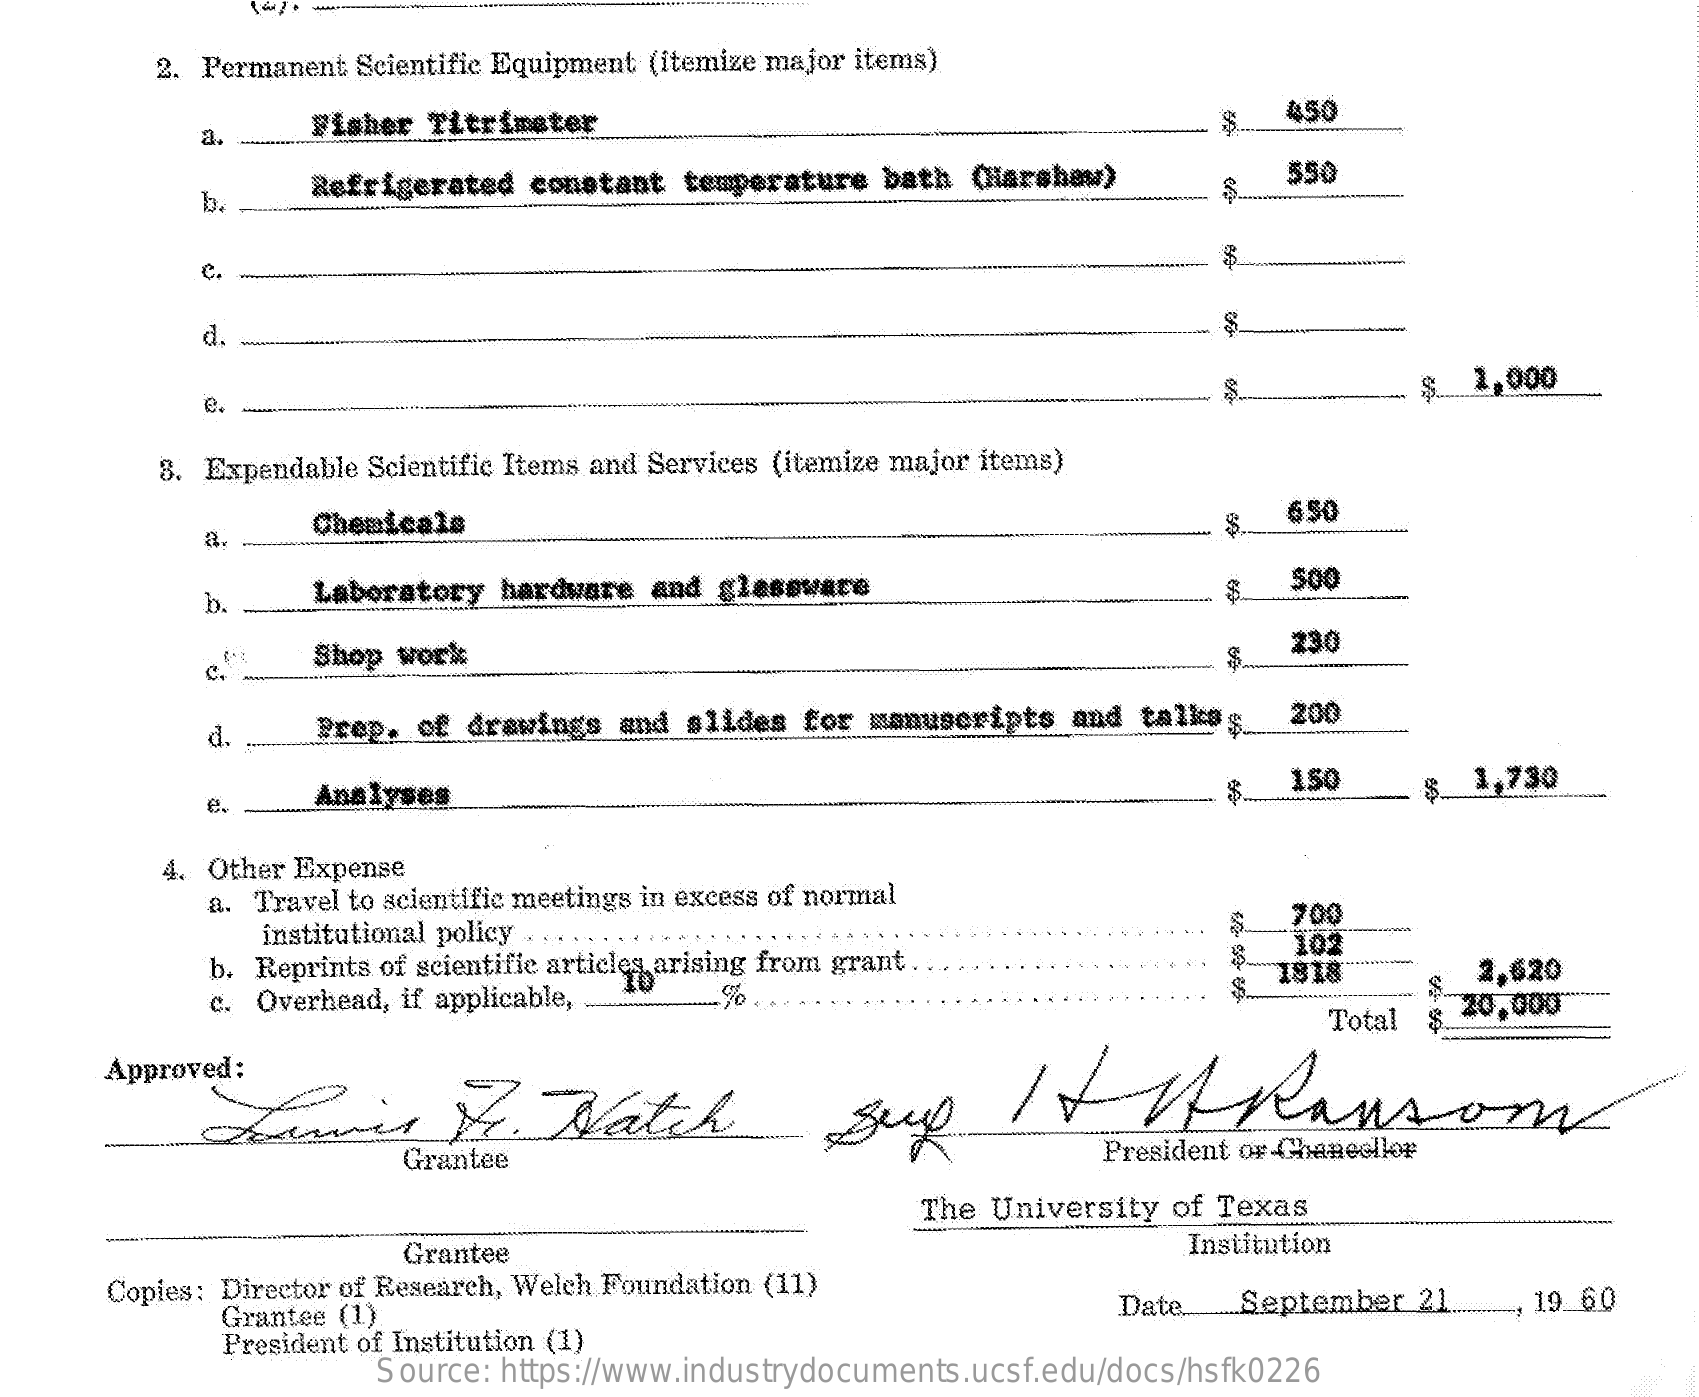
2. Permanent Scientific Equipment (itemize major items)
     a.
     Fisher Titrimeter
     450
     b. .
     Refrigerated constant  temperature bath  (larshaw)    550
     C.
     d.
     e.
     1,000
     8. Expendable Scientific Items and Services (itemize major items)
     a.
     Chemicals    S.
     650
     b.    Laboratory hardware  and glassware    500
     Shop work
     230
     C.
     d.    Prep. of drawings  and slides for manuscripts  and  talkss.  200
     1,730
     e.
     Analyses
     150    S.
     4. Other Expense
     a. Travel to scientific meetings in excess of normal
     institutional policy . .
     700
     b. Reprints of scientific articles arising from grant ..
     102
     c. Overhead, if applicable,
     1818    2,620
     Total
     20,000
     Approved:
     Lamig    Y.    Watch    Sup    It    Up    Ransom
     Grantee    President or Chancellor
     The University of Texas
     Grantee    Institution
     Copies: Director of Research, Welch Foundation (11)
     Grantee (1)
     President of Institution (1)
     Date    September  21    19 60
     Source: https://www.industrydocuments.ucsf.edu/docs/hsfk0226